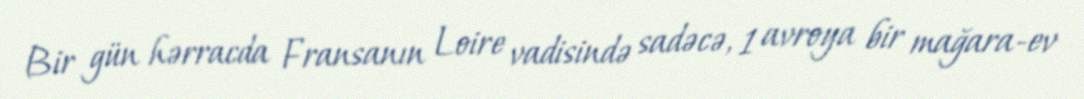
Bir gün hərracda Fransanın Loire vadisində sadəcə, 1 avroya bir mağara-ev